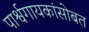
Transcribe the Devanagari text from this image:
पार्श्वगायकांसोबत